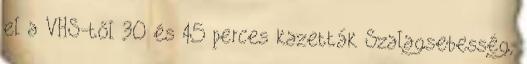
el a VHS-től 30 és 45 perces kazetták Szalagsebesség,